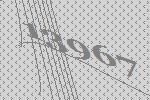
13967